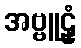
အဗ္ဗူဠှံ